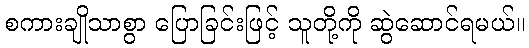
စကားချိုသာစွာ ပြောခြင်းဖြင့် သူတို့ကို ဆွဲဆောင်ရမယ်။